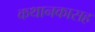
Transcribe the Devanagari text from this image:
कथानकासह